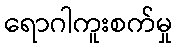
ရောဂါကူးစက်မှု